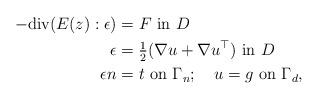
LaTeX: \begin{align*} -\mbox{div}(E(z) : \epsilon) & = F \mbox{ in } D\\ \epsilon & = \tfrac{1}{2}(\nabla u + \nabla u^\top) \mbox{ in } D\\ \epsilon n & = t \mbox{ on } \Gamma_n; ~~~ u = g \mbox{ on } \Gamma_d,\end{align*}